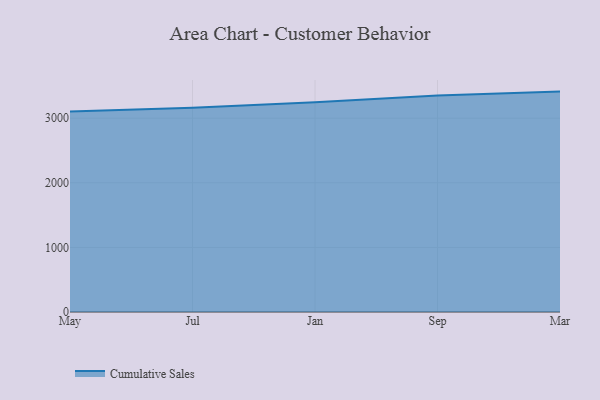
{"axis": {"x": "Month", "y": "Satisfaction Score"}, "legend": ["Cumulative Sales"], "data": [{"x": "May", "y": 3104.1, "type": "Cumulative Sales"}, {"x": "Jul", "y": 3161.5, "type": "Cumulative Sales"}, {"x": "Jan", "y": 3247.2, "type": "Cumulative Sales"}, {"x": "Sep", "y": 3349.9, "type": "Cumulative Sales"}, {"x": "Mar", "y": 3411.4, "type": "Cumulative Sales"}]}